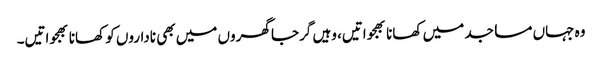
وہ جہاں مساجد میں کھانا بھجواتیں، وہیں گرجا گھروں میں بھی ناداروں کو کھانا بھجواتیں۔